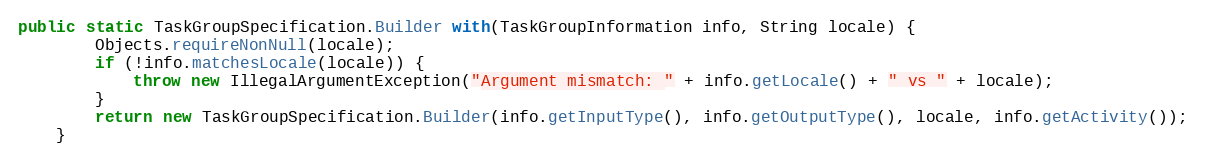
Language: Java
public static TaskGroupSpecification.Builder with(TaskGroupInformation info, String locale) {
		Objects.requireNonNull(locale);
		if (!info.matchesLocale(locale)) {
			throw new IllegalArgumentException("Argument mismatch: " + info.getLocale() + " vs " + locale);
		}
		return new TaskGroupSpecification.Builder(info.getInputType(), info.getOutputType(), locale, info.getActivity());
	}